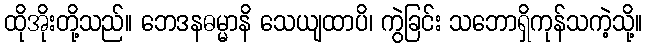
ထိုအိုးတို့သည်။ ဘေဒနဓမ္မာနိ သေယျထာပိ၊ ကွဲခြင်း သဘောရှိကုန်သကဲ့သို့။